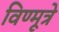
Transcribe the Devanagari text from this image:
विण्मूत्रे